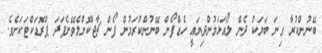
ބޭނުންކުރާ ގިނަ ބަޔަކު ދެން ލޯއަޅަމުންދިޔައީ ހެޑްފޯން ބޭނުންކުރަމުން ފޯން ޗާޖްކޮށްލެވޭނެފަދަ ޕްރޮޑަކްޓަކަށެވެ.